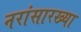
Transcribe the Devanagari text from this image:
नरांसारख्या